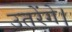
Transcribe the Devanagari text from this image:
उतरेंगे।